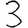
Digit: 3